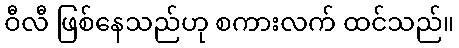
ဝီလီ ဖြစ်နေသည်ဟု စကားလက် ထင်သည်။